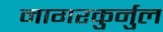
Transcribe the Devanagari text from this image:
नागरकुर्नुल